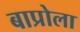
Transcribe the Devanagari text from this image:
बाप्रोला